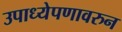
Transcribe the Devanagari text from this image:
उपाध्येपणावरुन